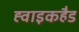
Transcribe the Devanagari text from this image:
ह्वाइकहैड